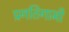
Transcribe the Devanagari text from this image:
प्रगतिगामी